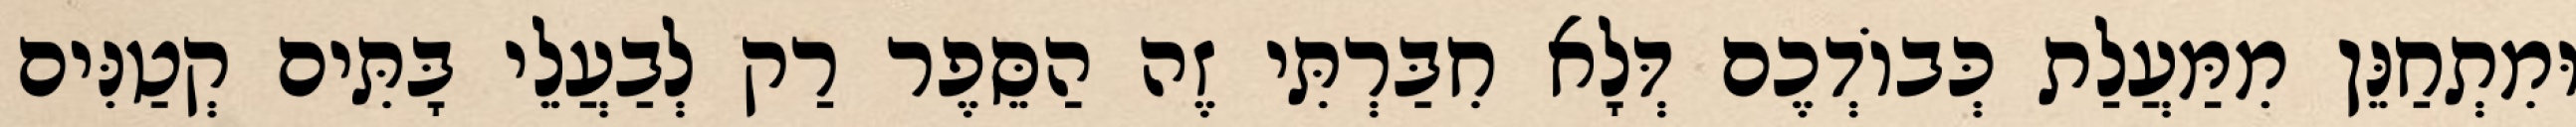
וּמִתְחַנֵּן מִמַּעֲלַת כְּבוֹדְכֶם דְּלָא חִבַּרְתִּי זֶה הַסֵּפֶר רַק לְבַעֲלֵי בָּתִּים קְטַנִּים